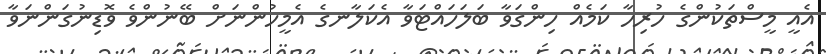
އެއީ މީސްތަކުންގެ ހުރިހާ ކަމެއް ހިންގަވާ ބަލަހައްޓަވާ އެކަލާނގެ އެމީހުންނަށް ބޭނުންވެ ވޮޑިނުގަންނަވާ